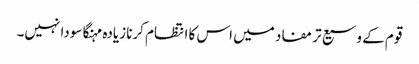
قوم کے وسیع تر مفاد میں اس کا انتظام کرنا زیادہ مہنگا سودا نہیں۔